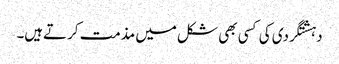
دہشتگردی کی کسی بھی شکل میں مذمت کرتےہیں۔